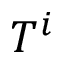
T ^ { i }